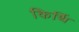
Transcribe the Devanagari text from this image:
किर्थि